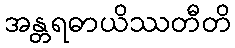
အန္တရဓာယိဿတီတိ